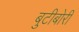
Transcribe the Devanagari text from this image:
बुटीबोरी